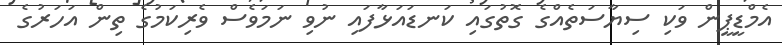
އެމްޑީޕީން ވަކި ސިޔާސަތެއްގެ ގޮތުގައި ކަނޑައަޅާފައި ނުވި ނަމަވެސް ވެރިކަމުގެ ތިން އަހަރުގެ